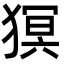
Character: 猽